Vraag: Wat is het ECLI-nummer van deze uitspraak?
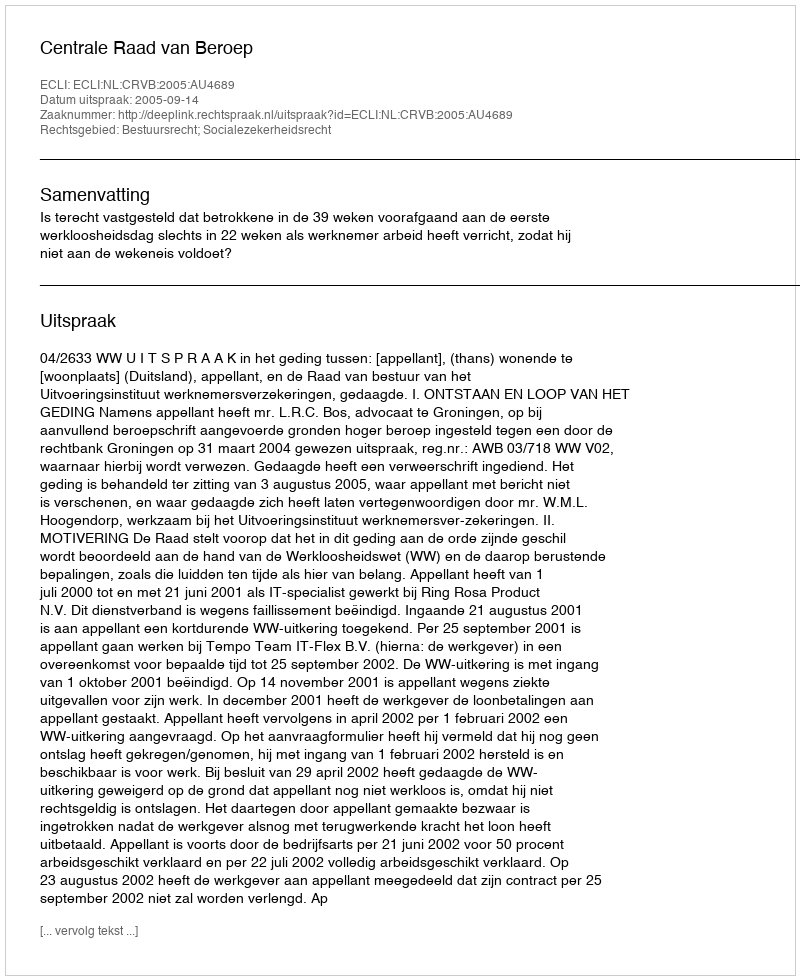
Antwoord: ECLI:NL:CRVB:2005:AU4689